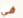
في